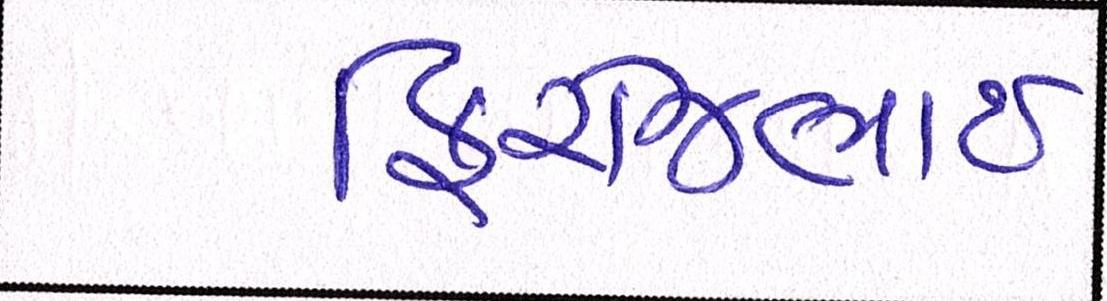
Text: ફિરોજભાઇ